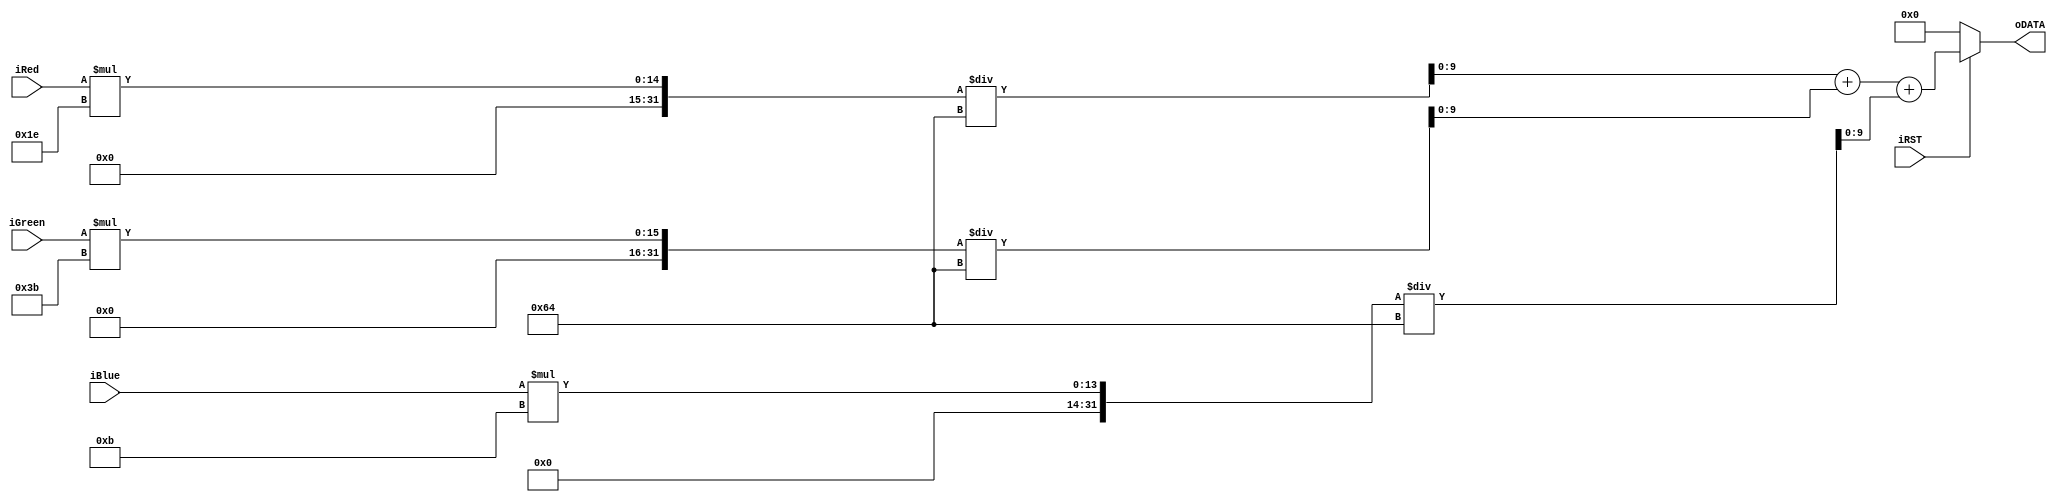
module GRAYSCALE(
        oDATA,
        iRed,
        iGreen,
        iBlue,
        iRST
		);
		
		
input					iRST;
output reg	[9:0]	oDATA;

input			[9:0]	iRed;
input			[9:0]	iGreen;
input			[9:0]	iBlue;

always@(*)
begin
  if(!iRST)
    begin
      oDATA   <= 10'b0;
    end
  else
    begin
	  oDATA   <= ((iRed[9:0] * 30) /100) + ((iGreen[9:0] * 59)/100) + ((iBlue[9:0] * 11)/100);
    end
end
endmodule